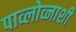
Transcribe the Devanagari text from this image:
पाव्लोव्नाशी